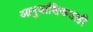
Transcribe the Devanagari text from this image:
आनुवांशिकताही